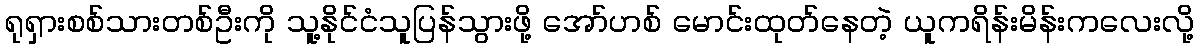
ရုရှားစစ်သားတစ်ဦးကို သူ့နိုင်ငံသူပြန်သွားဖို့ အော်ဟစ် မောင်းထုတ်နေတဲ့ ယူကရိန်းမိန်းကလေးလို့